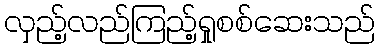
လှည့်လည်ကြည့်ရှုစစ်ဆေးသည်